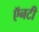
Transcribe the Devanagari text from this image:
ऍनटी